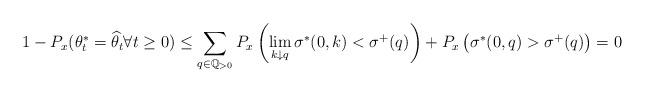
LaTeX: \begin{align*}1-P_x(\theta^*_t =\widehat{\theta}_t \forall t\geq 0) \leq \sum_{q \in \mathbb{Q}_{> 0}} P_x \left( \lim_{k \downarrow q} \sigma^*(0,k)<\sigma^+(q) \right) + P_x \left( \sigma^*(0,q)>\sigma^+(q) \right) =0\end{align*}